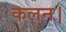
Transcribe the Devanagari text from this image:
कलन।